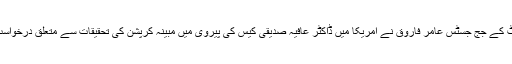
اسلام آباد ہائیکورٹ کے جج جسٹس عامر فاروق نے امریکا میں ڈاکٹر عافیہ صدیقی کیس کی پیروی میں مبینہ کرپشن کی تحقیقات سے متعلق درخواست کی سماعت کی۔